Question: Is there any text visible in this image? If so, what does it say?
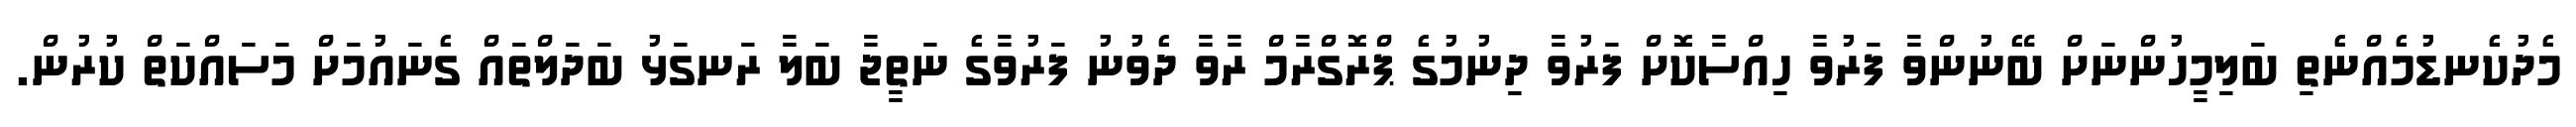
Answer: މެދުކެނޑުމެއްނެތި ބަލިމީހުންނަށް ބޭނުންވާ ފަރުވާ ހިއްސާކޮށް ފަރުވާ ދިނުމުގެ ޕްރޮގްރާމް ރާވާ ދެވުނު ފަރުވާގެ ނަތީޖާ ބަލާ ރަނގަޅު ބަދަލްތައް ގެނައުމަށް މަސައްކަތް ކުރުން.